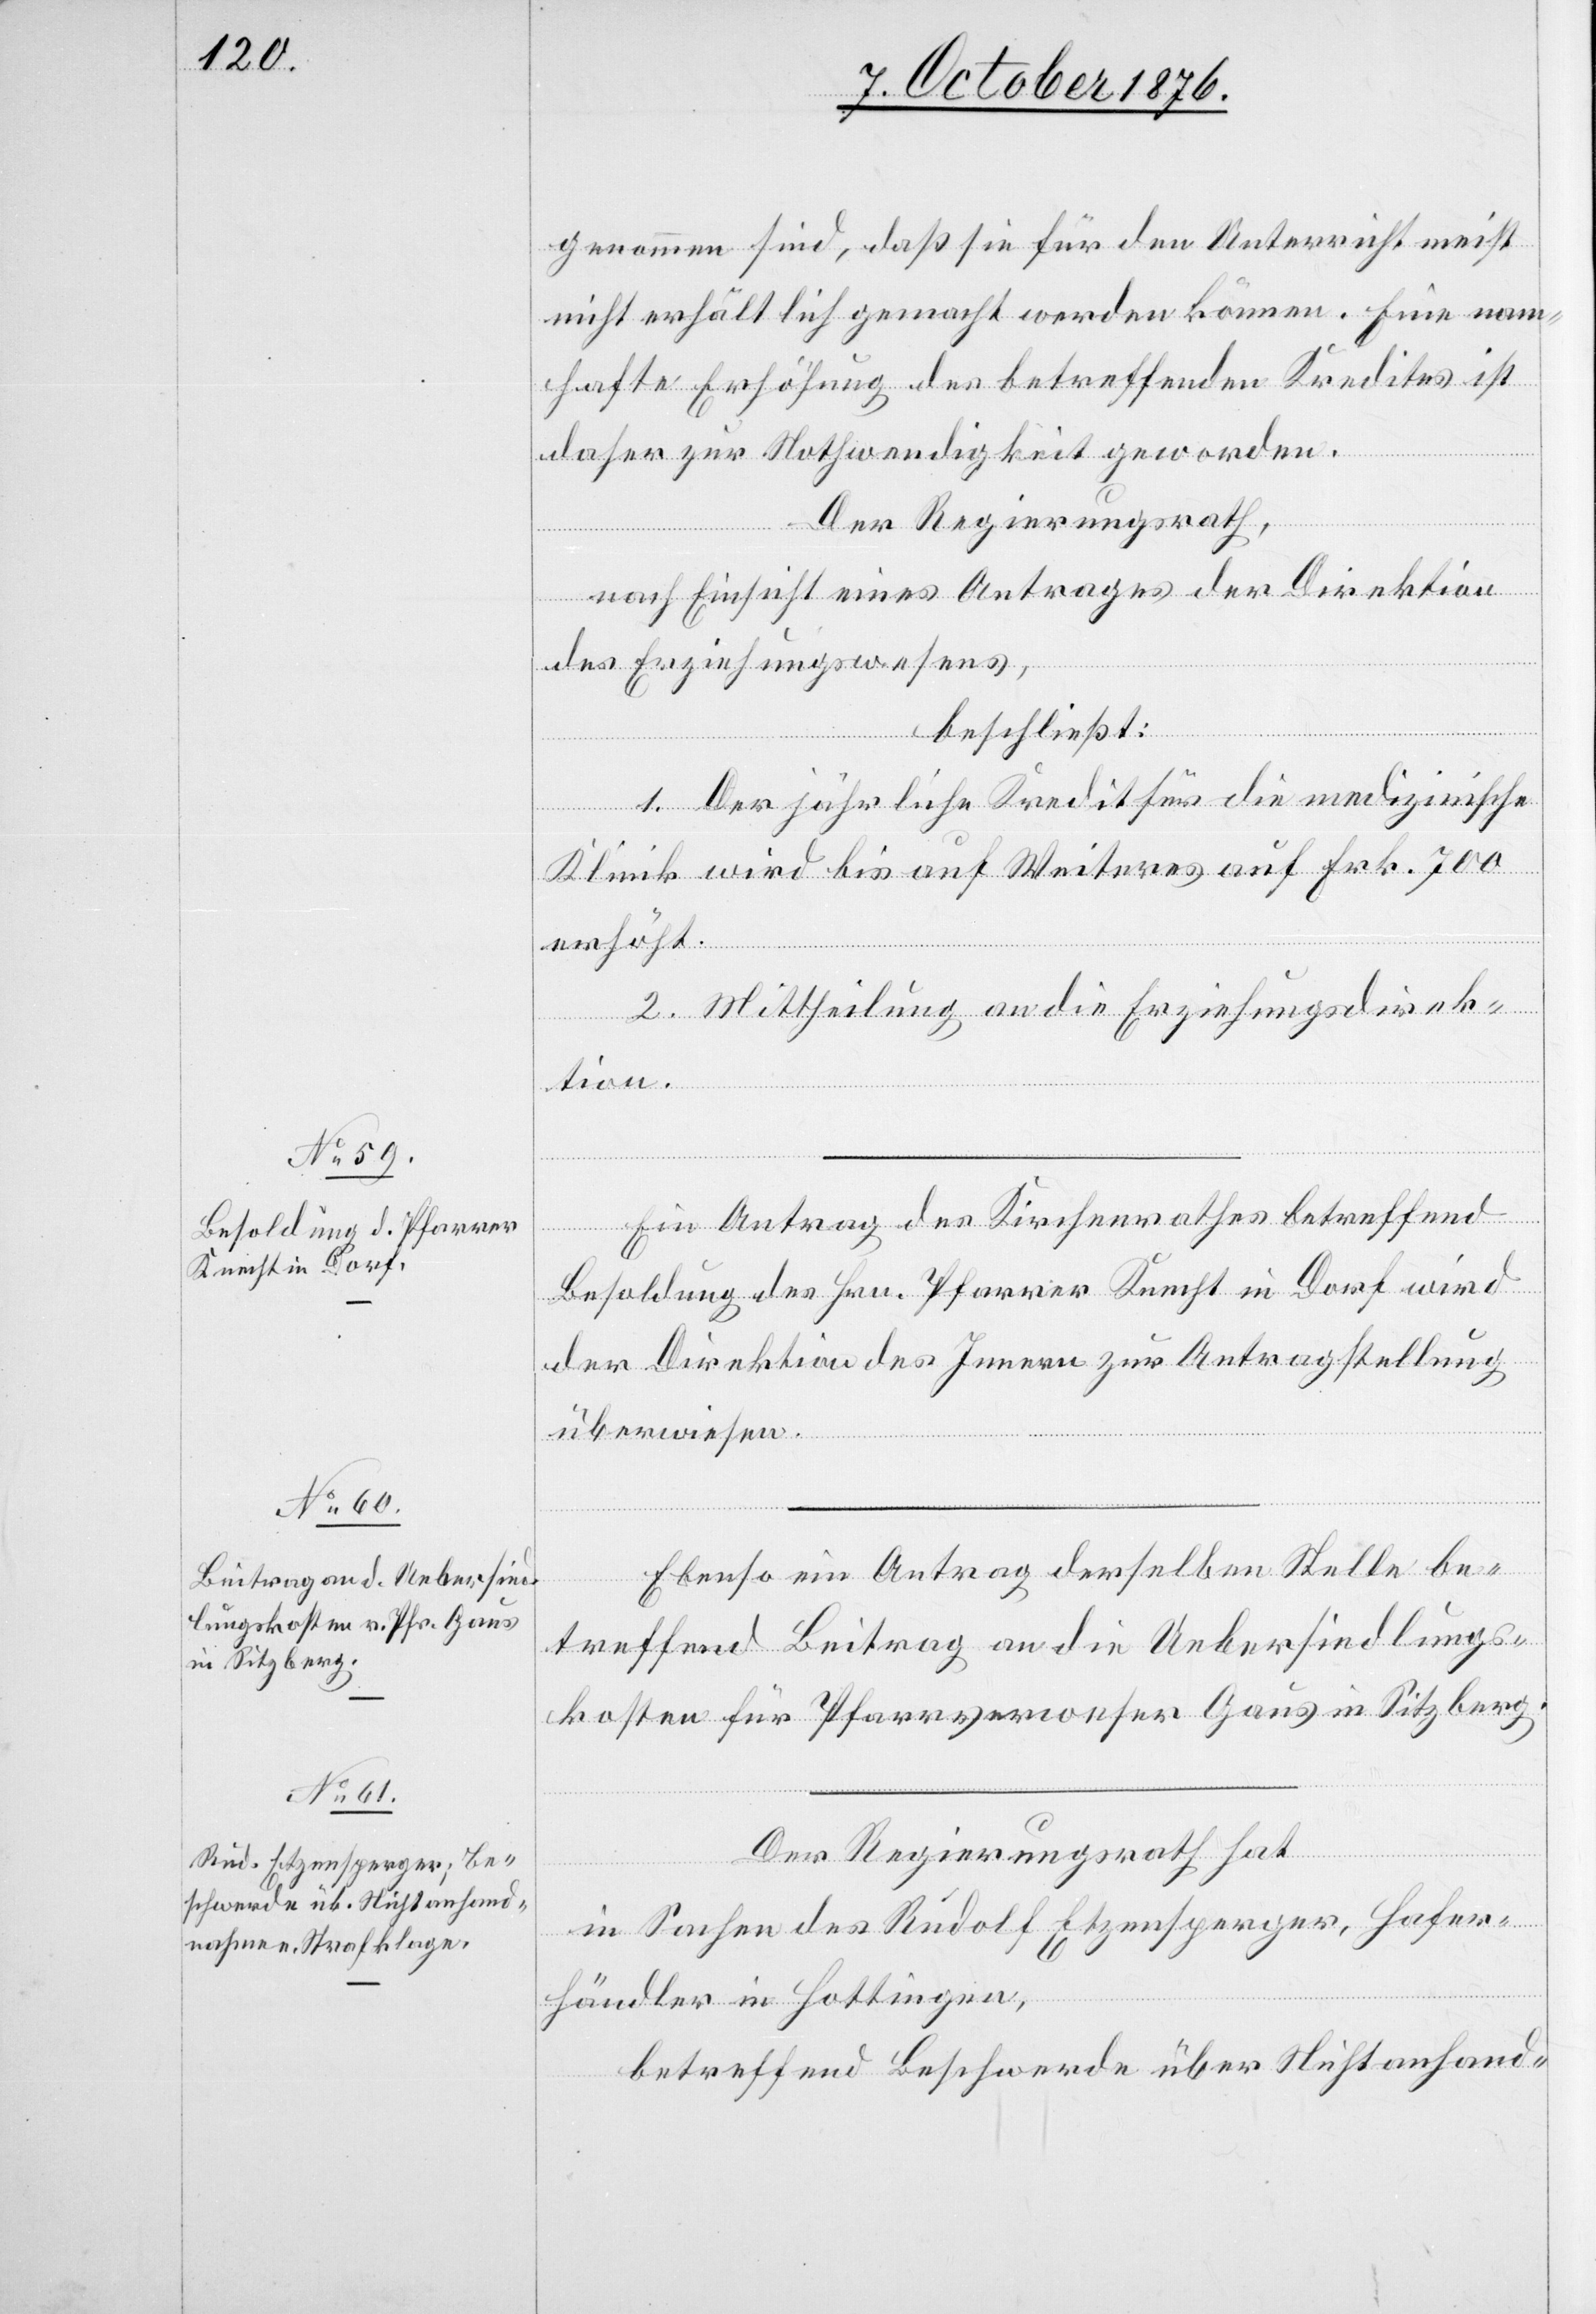
genommen sind, daß sie für den Unterricht meist
nicht erhältlich gemacht werden können. Eine nam¬
hafte Erhöhung des betreffenden Kredites ist
daher zur Nothwendigkeit geworden.
Der Regierungsrath,
nach Einsicht eines Antrages der Direktion
des Erziehungswesens,
beschließt:
1. Der jährliche Kredit für die medizinische
Klinik wird bis auf Weiteres auf Frk. 700
erhöht.
2. Mittheilung an die Erziehungsdirek¬
tion.
Ein Antrag des Kirchenrathes betreffend
Besoldung des Hrn. Pfarrer Knecht in Dorf wird
der Direktion des Innern zur Antragstellung
überwiesen.
Ebenso ein Antrag derselben Stelle be¬
treffend Beitrag an die Uebersiedlungs¬
kosten für Pfarrverweser Gaus in Sitzberg.
Der Regierungsrath hat
in Sachen des Rudolf Etzensperger, Hafner¬
händler in Hottingen,
betreffend Beschwerde über Nichtanhand-